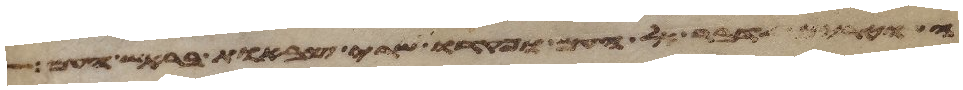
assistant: אל העם ופקדו שרי צבאות בראש העם